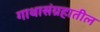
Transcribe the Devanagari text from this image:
गाथासंग्रहातील